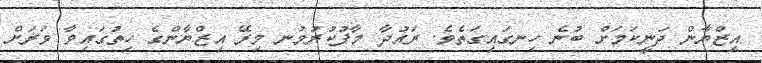
އިޒްޔާން ދަނީކަމަށް ބުނެ ހިނގައިގަތެވެ. ރައުދާ މާފުކުރުމުނ މިރޭ އިޒްޔާންގެ ހިތުގައިވާ ވަރަށް